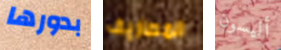
بدورها المصاريف أليسون